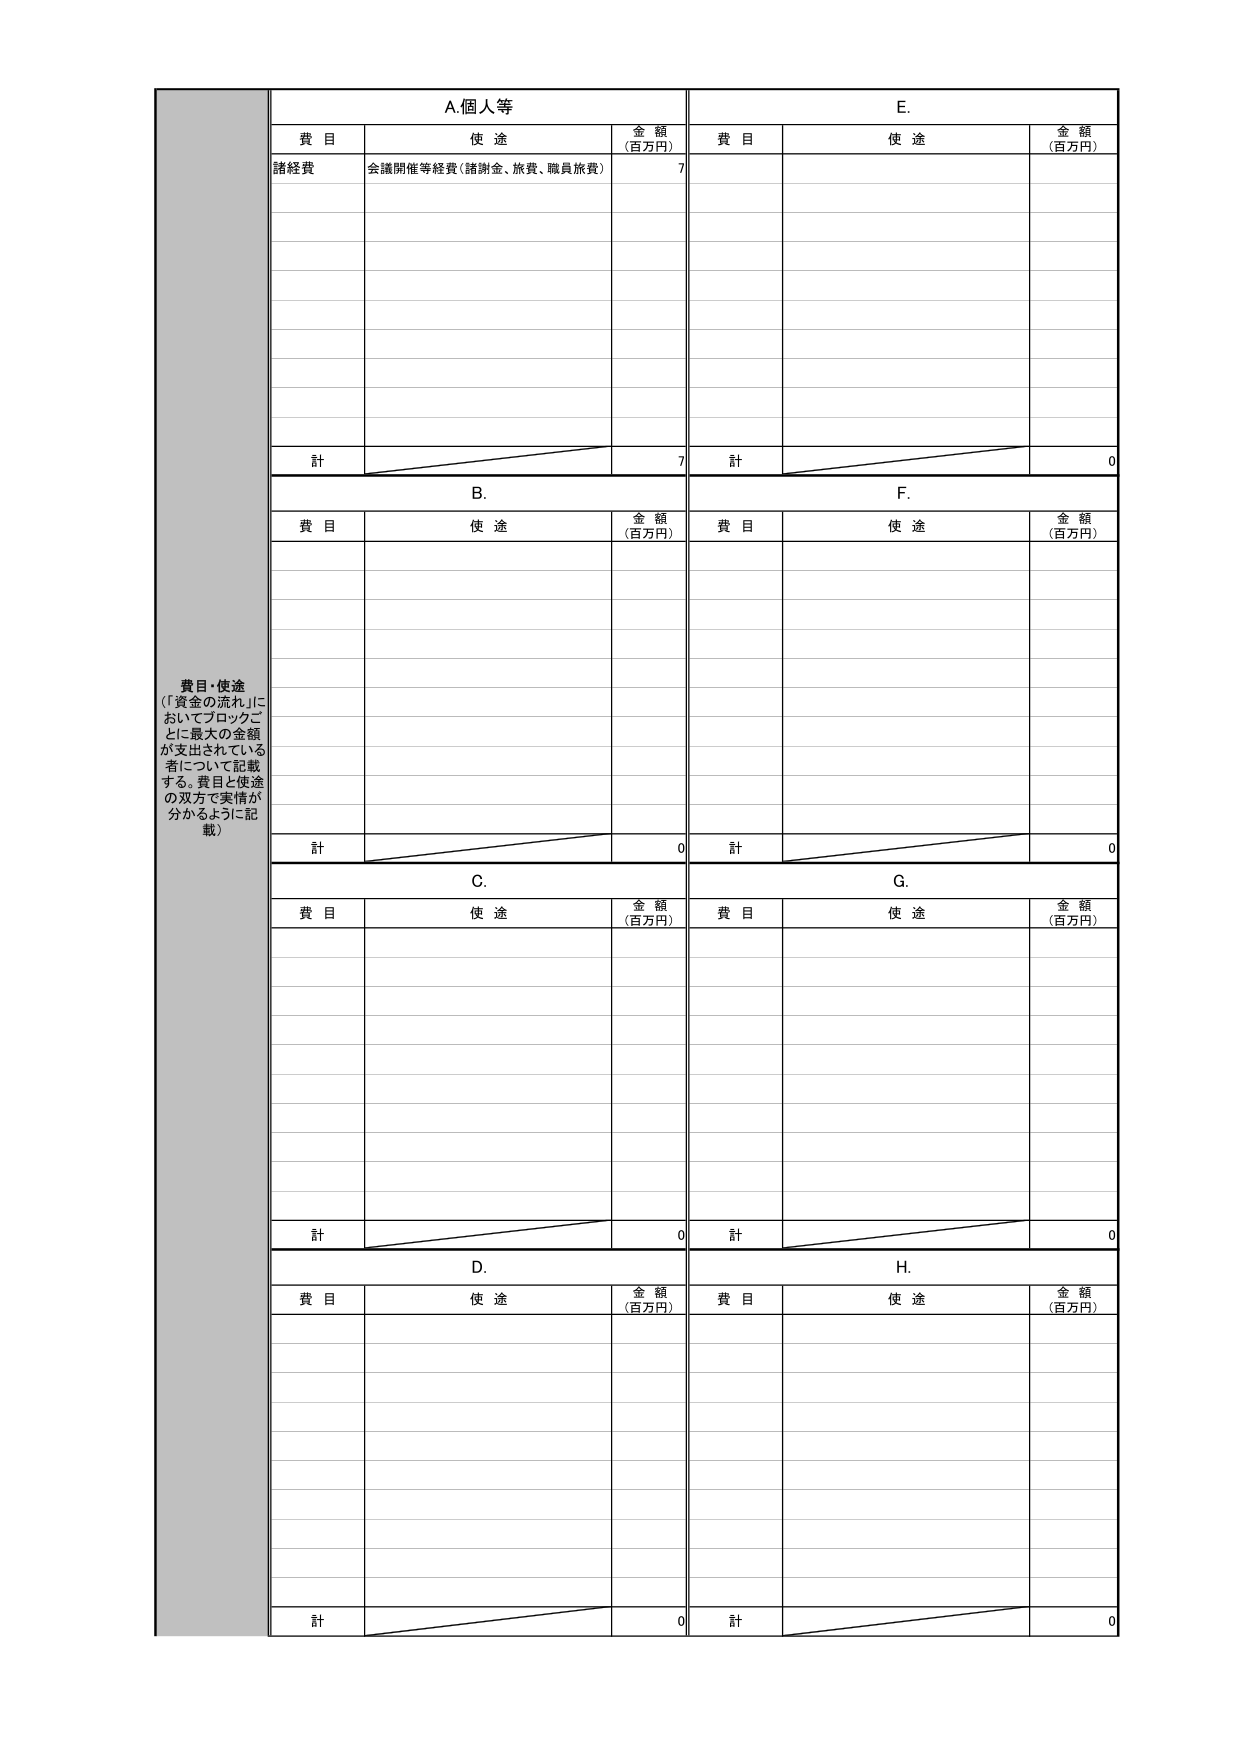
費目・使途
（「資金の流れ」においてブロックごとに最大の金額が支出されている者について記載する。費目と使途の双方で実情が分かるように記載）

A. 個人等
費目　　使途　　金額（百万円）
諸経費　会議開催等経費（諸謝金、旅費、職員旅費）　7
計　　　　　　　　　　　　　　　　　　　　　　　7

B.
費目　　使途　　金額（百万円）
計　　　　　　　　　　　　　　　　　　　　　　　0

C.
費目　　使途　　金額（百万円）
計　　　　　　　　　　　　　　　　　　　　　　　0

D.
費目　　使途　　金額（百万円）
計　　　　　　　　　　　　　　　　　　　　　　　0

E.
費目　　使途　　金額（百万円）
計　　　　　　　　　　　　　　　　　　　　　　　0

F.
費目　　使途　　金額（百万円）
計　　　　　　　　　　　　　　　　　　　　　　　0

G.
費目　　使途　　金額（百万円）
計　　　　　　　　　　　　　　　　　　　　　　　0

H.
費目　　使途　　金額（百万円）
計　　　　　　　　　　　　　　　　　　　　　　　0